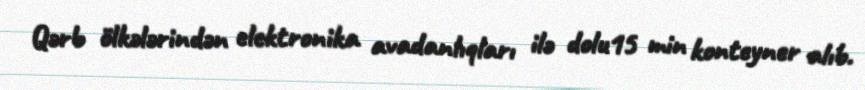
Qərb ölkələrindən elektronika avadanlıqları ilə dolu15 min konteyner alıb.